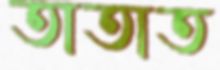
তাতাত